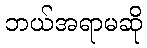
ဘယ်အရာမဆို